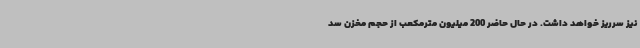
نیز سرریز خواهد داشت. در حال حاضر 200 میلیون مترمکعب از حجم مخزن سد